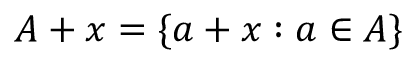
A + x = \{ a + x : a \in A \}